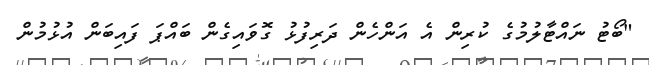
"ބޯޓު ނައްޓާލުމުގެ ކުރިން އެ އަންހެން ދަރިފުޅު ގޮވައިގެން ބައްޕަ ފައިބަން އުޅުމުން